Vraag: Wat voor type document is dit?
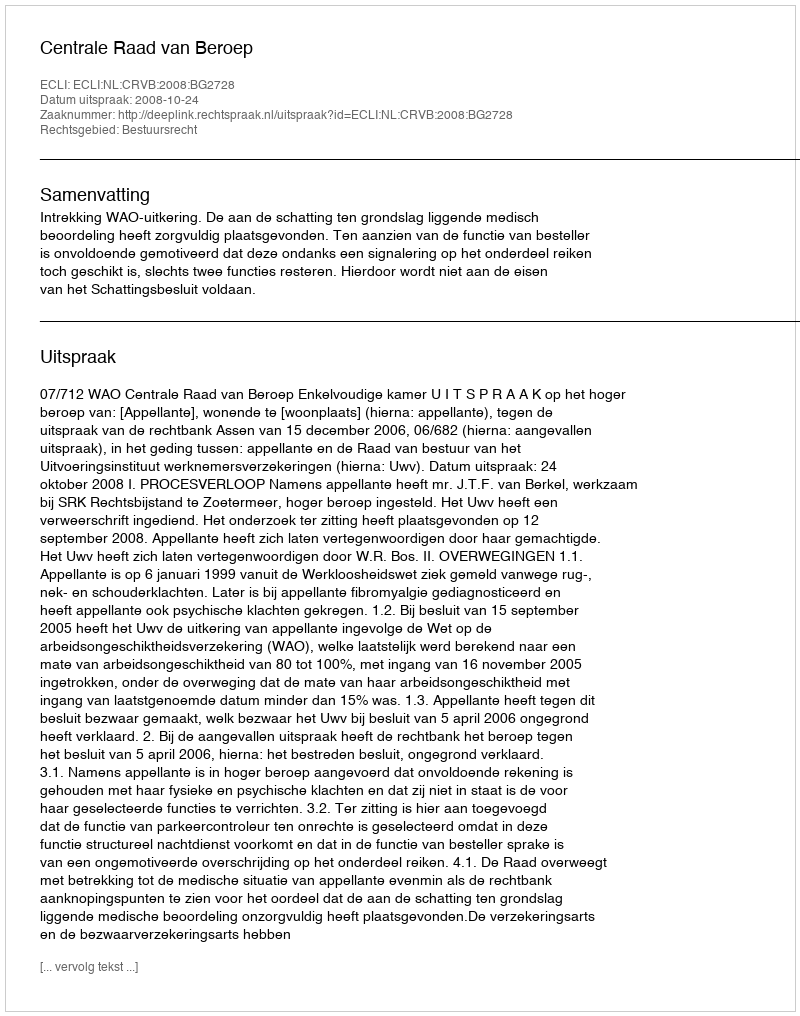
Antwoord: Uitspraak